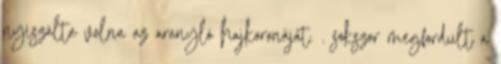
nyiszálta volna az aranyló hajkoronáját. . sokszor megfordult a